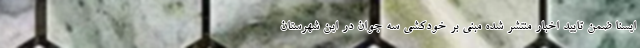
ایسنا ضمن تایید اخبار منتشر شده مبنی بر خودکشی سه جوان در این شهرستان